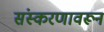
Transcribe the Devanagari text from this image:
संस्करणावरून